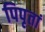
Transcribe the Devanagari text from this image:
पिपृतां